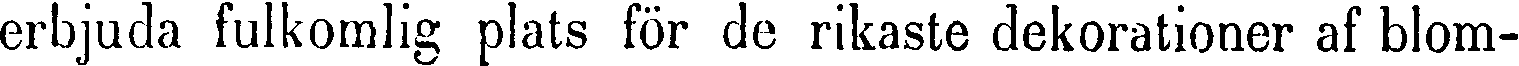
erbjuda fulkomlig plats för de rikaste dekorationer af blom-